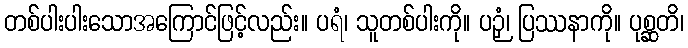
တစ်ပါးပါးသောအကြောင်ဖြင့်လည်း။ ပရံ၊ သူတစ်ပါးကို။ ပဉှံ၊ ပြဿနာကို။ ပုစ္ဆတိ၊